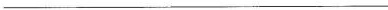
___